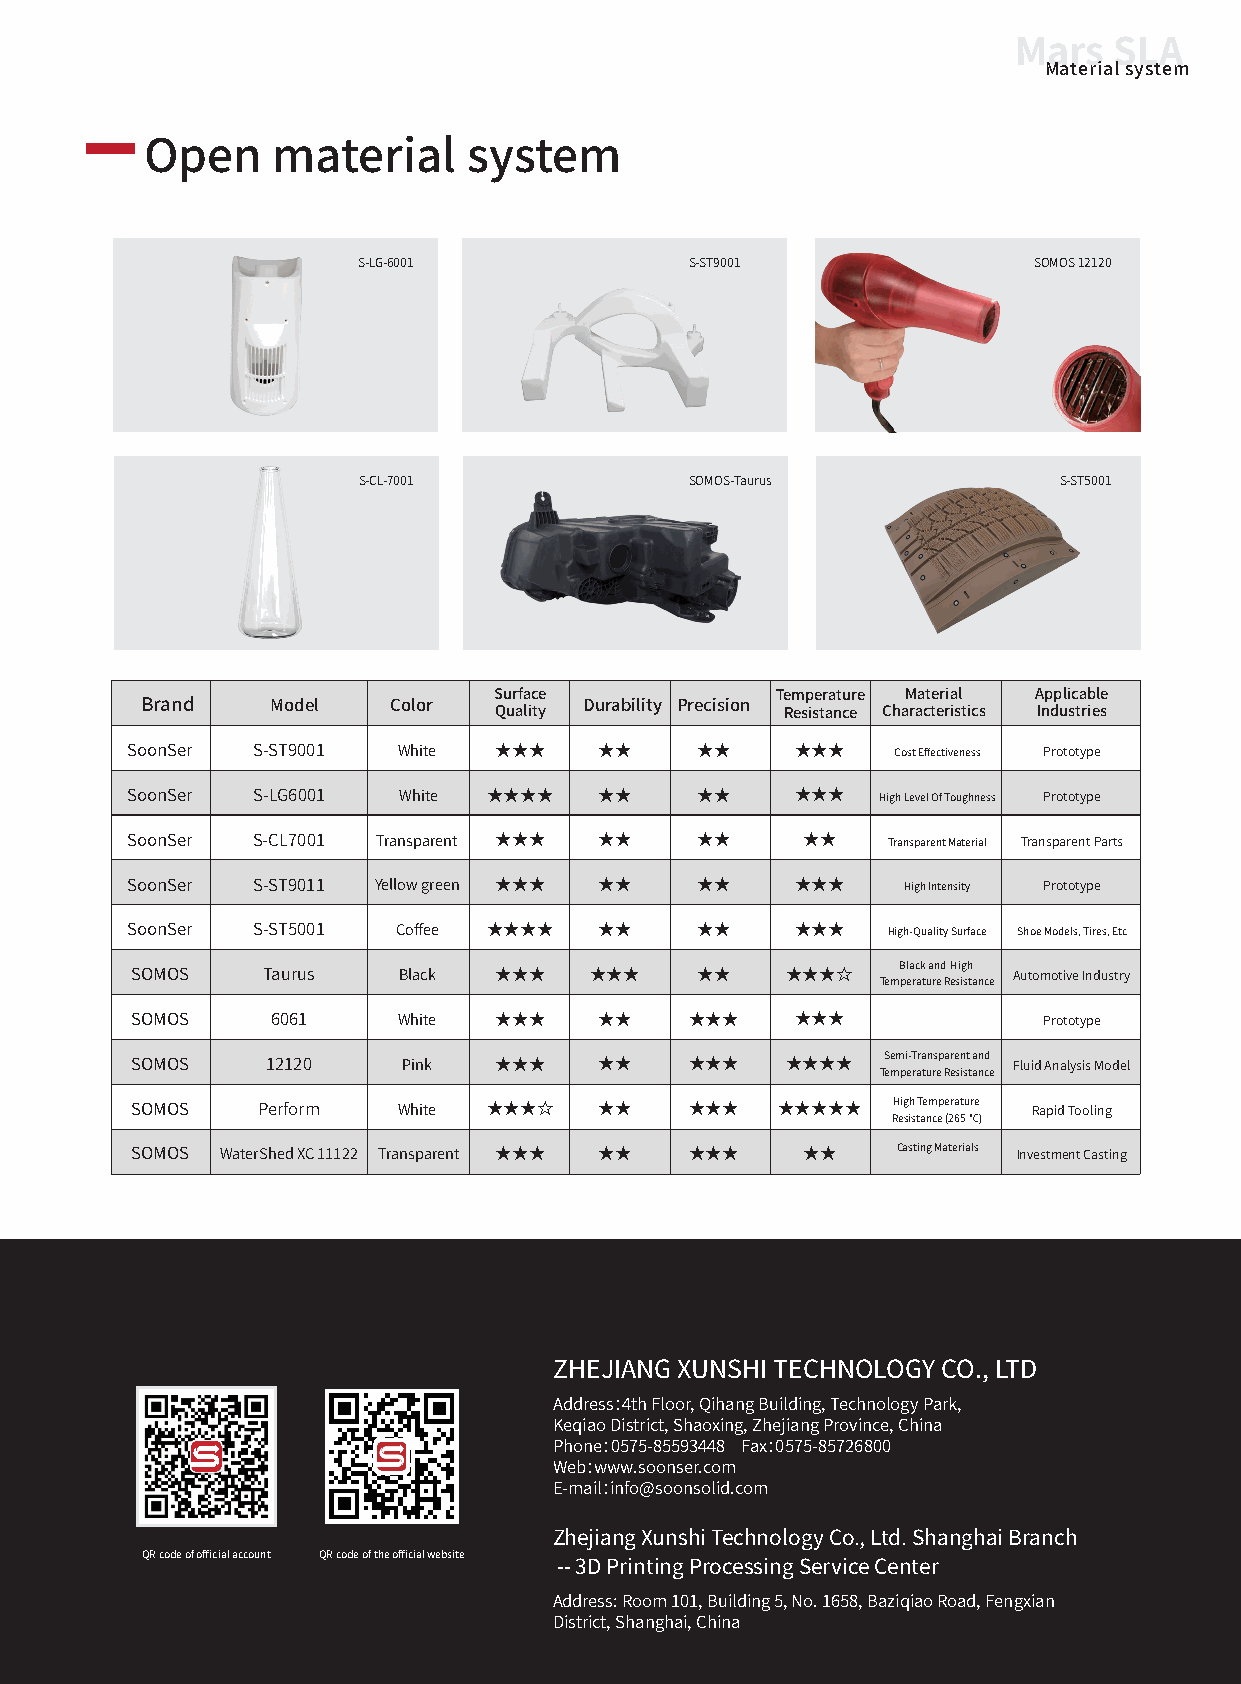
Mars   SLA
 Material system
 Open    material     system
 S-LG-6001             S-ST9001              SOMOS 12120
 S-CL-7001             SOMOS-Taurus            S-ST5001
 Surface           Temperature Material Applicable
 Brand    Model   Color  Quality Durability Precision Resistance Characteristics Industries
 SoonSer  S-ST9001 White  ★★★    ★★    ★★     ★★★   Cost Effectiveness Prototype
 SoonSer  S-LG6001 White ★★★★    ★★    ★★     ★★★  High Level Of Toughness Prototype
 SoonSer  S-CL7001 Transparent ★★★ ★★  ★★     ★★    Transparent Material Transparent Parts
 SoonSer  S-ST9011 Yellow green ★★★ ★★ ★★     ★★★    High Intensity Prototype
 SoonSer  S-ST5001 Coffee ★★★★   ★★    ★★     ★★★   High-Quality Surface Shoe Models, Tires, Etc
 Black and High
 SOMOS   Taurus   Black  ★★★   ★★★    ★★    ★★★☆  Temperature Resistance Automotive Industry
 SOMOS    6061    White  ★★★    ★★    ★★★    ★★★             Prototype
 Semi-Transparent and
 SOMOS    12120    Pink  ★★★    ★★    ★★★   ★★★★  Temperature Resistance Fluid Analysis Model
 High Temperature
 SOMOS   Perform  White ★★★☆    ★★    ★★★  ★★★★★            Rapid Tooling
 Resistance (265 ℃)
 Casting Materials
 SOMOS WaterShed XC 11122 Transparent ★★★ ★★ ★★★ ★★        Investment Casting
 ZHEJIANG XUNSHI TECHNOLOGY CO., LTD
 Address：4th Floor, Qihang Building, Technology Park,
 Keqiao District, Shaoxing, Zhejiang Province, China
 Phone：0575-85593448 Fax：0575-85726800
 Web：www.soonser.com
 E-mail：info@soonsolid.com
 Zhejiang Xunshi Technology Co., Ltd. Shanghai Branch
 QR code of official account QR code of the official website
 -- 3D Printing Processing Service Center
 Address: Room 101, Building 5, No. 1658, Baziqiao Road, Fengxian
 District, Shanghai, China